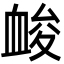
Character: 䘒